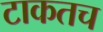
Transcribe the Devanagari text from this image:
टाकतच